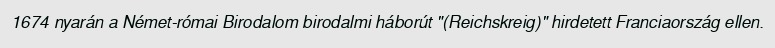
1674 nyarán a Német-római Birodalom birodalmi háborút "(Reichskreig)" hirdetett Franciaország ellen.